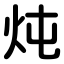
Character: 炖